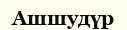
Ашшудүр